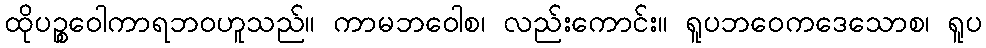
ထိုပဉ္စဝေါကာရဘဝဟူသည်။ ကာမဘဝေါစ၊ လည်းကောင်း။ ရူပဘဝေကဒေသောစ၊ ရူပ